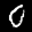
Label: 0